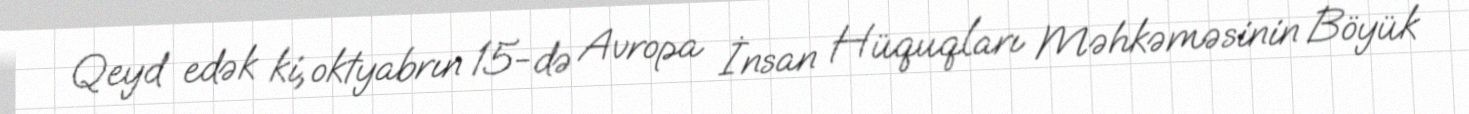
Qeyd edək ki, oktyabrın 15-də Avropa İnsan Hüquqları Məhkəməsinin Böyük